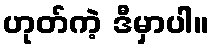
ဟုတ်ကဲ့ ဒီမှာပါ။